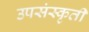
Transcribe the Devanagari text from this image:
उपसंस्कृती